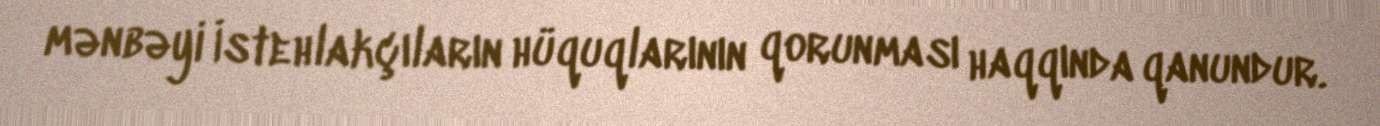
mənbəyi İstehlakçıların hüquqlarının qorunması haqqında qanundur.